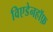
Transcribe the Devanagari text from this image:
विएडेनहॉफ़